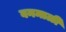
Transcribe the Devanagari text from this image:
वनमाळी